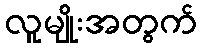
လူမျိုးအတွက်